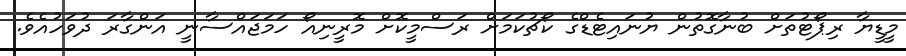
މީޑީޔާ ރިޕޯޓުތަށް ބުނާގޮތުން ޔުނައިޓެޑްގެ ކޯޗުކަމަށް ރަސްމީކޮށް މޮރީނިއޯ ހަމަޖައްސާނީ އަންގާރަ ދުވަހުއެވެ.